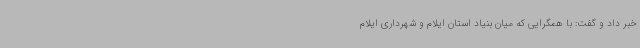
خبر داد و گفت: با همگرایی که میان بنیاد استان ایلام و شهرداری ایلام